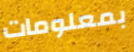
بمعلومات